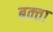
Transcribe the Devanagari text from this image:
बक्‍ता